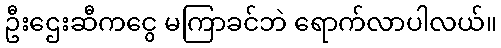
ဦးဌေးဆီကငွေ မကြာခင်ဘဲ ရောက်လာပါလယ်။